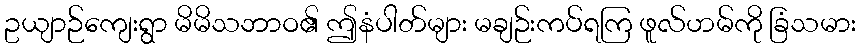
ဥယျာဉ်ကျေးရွာ မိမိသဘာဝ၏ ဤနံပါတ်များ မချဉ်းကပ်ရကြ ဖူလ်ဟမ်ကို ခြံသမား